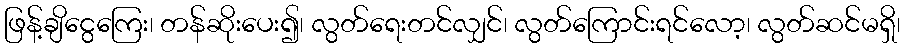
ဖြန့်ချိငွေကြေး၊ တန်ဆိုးပေး၍၊ လွတ်ရေးတင်လျှင်၊ လွတ်ကြောင်းရင်လော့၊ လွတ်ဆင်မရှိ၊